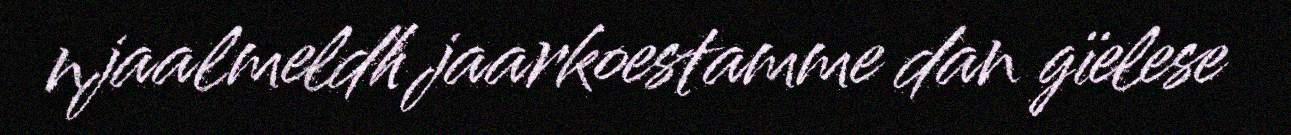
njaalmeldh jaarkoestamme dan gïelese